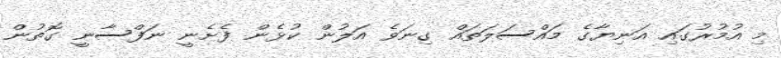
މި އުމުރުގައި އަނިޔާގެ މައްސަލަތައް ގިނަވެ އަލުން ކުޅެން ފެށެނީ ނަފްސާނީ ގޮތުން